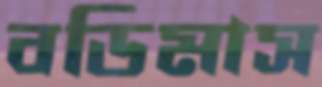
বডিমাস